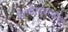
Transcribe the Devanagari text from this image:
पेशवेपदासाठीचा